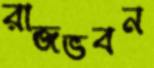
রাজভবন